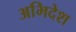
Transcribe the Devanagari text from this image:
अभिदेश